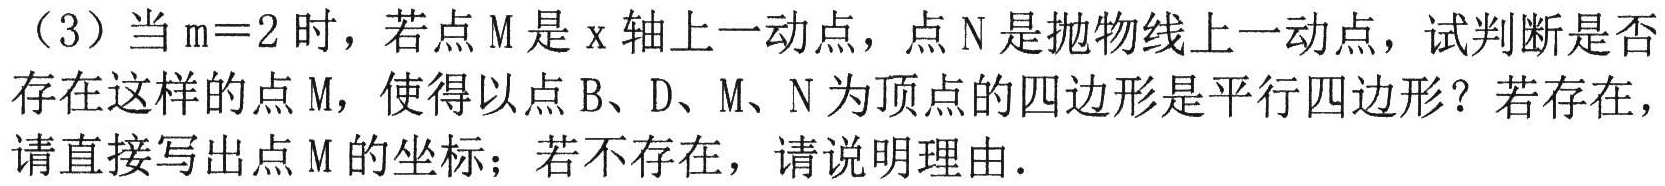
（3）当\(m = 2\)时，若点\(M\)是\(x\)轴上一动点，点\(N\)是抛物线上一动点，试判断是否
存在这样的点\(M\)，使得以点\(B\)、\(D\)、\(M\)、\(N\)为顶点的四边形是平行四边形？若存在，
请直接写出点\(M\)的坐标；若不存在，请说明理由.